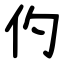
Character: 仢